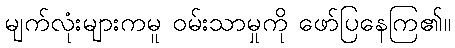
မျက်လုံးများကမူ ဝမ်းသာမှုကို ဖော်ပြနေကြ၏။